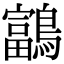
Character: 𪆠